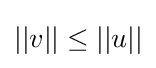
{\textstyle ||v||\leq ||u||}